Civil Veterinary Dept. Bombay admin report 1914-1922 - 1914-1922
Year: 1914
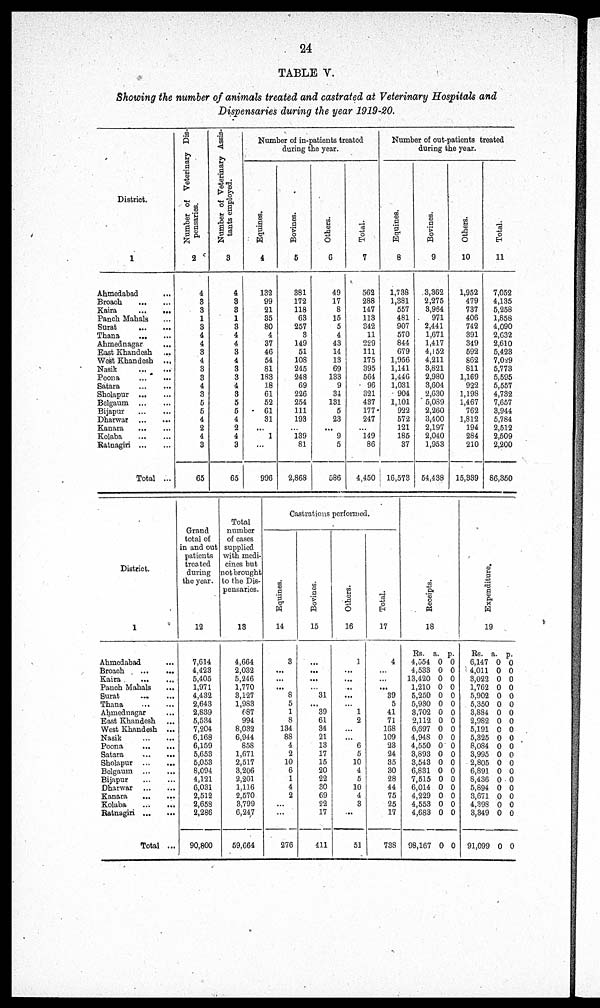
24
TABLE V.
Showing the number of animals treated and castrated at Veterinary Hospitals and
Dispensaries during the year 1919-20.
District.
1
Ahmedabad ... ...
Broach ... ...
Kaira ... ...
Panch Mahals ...
Surat ... ...
Thana ... ...
Ahmednagar ...
East Khandesh ... ...
West Khandesh ... .
Nasik ... ...
Poona ... ...
Satara ... ...
Sholapur ... ...
Belgaum ... ...
Bijapur ... ...
Dharwar ... ...
Kanara ... ...
Kolaba ... ...
Ratnagiri ... ...
Total ...
Number of Veterinary Dis-
pensaries.
2
4
3
3
1
3
4
4
3
4
3
3
4
3
5
5
4
2
4
3
65
Number of Veterinary Assis-
tants employed.
3
4
3
3
1
3
4
4
3
4
3
3
4
3
5
5
4
2
4
3
65
Number of in-patients treated
during the year.
Equines.
4
132
99
21
35
80
4
37
46
54
81
183
18
61
52
61
31
...
1
...
996
Bovines.
5
381
172
118
63
257
3
149
51
108
245
248
69
226
254
111
193
...
139
81
2,868
Others.
6
49
17
8
15
5
4
43
14
13
69
133
9
34
131
5
23
...
9
5
586
Total.
7
562
288
147
113
342
11
229
111
175
395
564
96
321
437
177
247
...
149
86
4,450
Number of out-patients treated
during the year.
Equines.
8
1,738
1,381
557
481
907
570
844
679
1,956
1,141
1,446
1,031
904
1,101
922
572
121
185
37
16,573
Bovines.
9
3,362
2,275
3,964
971
2,441
1,671
1,417
4,152
4,211
3,821
2,980
3,604
2,630
5,089
2,260
3,400
2,197
2,040
1,953
54,438
Others.
10
1,952
479
737
406
742
391
349
592
862
811
1,169
922
1,198
1,467
762
1,812
194
284
210
15,339
Total.
11
7,052
4,135
5,258
1,858
4,090
2,632
2,610
5,423
7,029
5,773
5,595
5,557
4,732
7,657
3,944
5,784
2,512
2,509
2,200
86,350
District.
1
Ahmedabad ...
Broach ... ...
Kaira ... ...
Panch Mahals ...
Surat ... ...
Thana ... ...
Ahmednagar ...
East Khandesh ...
West Khandesh ...
Nasik ... ...
Poona ... ...
Satara ... ...
Sholapur ... ...
Belgaum ... ...
Bijapur ... ...
Dharwar ... ...
Kanara ... ...
Kolaba ... ...
Ratnagiri ... ...
Total ...
Grand
total of
in and out
patients
treated
during
the year.
12
7,614
4,423
5,405
1,971
4,432
2,643
2,839
5,534
7,204
6,168
6,159
5,653
5,053
8,094
4,121
6,031
2,512
2,658
2,286
90,800
Total
number
of cases
supplied
with medi-
cines but
not brought
to the Dis-
pensaries.
13
4,664
2,032
5,246
1,770
3,127
1,983
687
994
8,032
6,944
858
1,671
2,517
3,206
2,201
1,116
2,570
3,799
6,247
59,664
Castrations performed.
Equi nes .
14
3
...
...
...
8
5
1
8
134
88
4
2
10
6
1
4
2
...
...
276
Bovines.
15
...
...
...
...
31
...
39
61
34
21
13
17
15
20
22
30
69
22
17
411
Ot her s .
16
3
...
...
...
...
...
1
2
...
...
6
5
10
4
5
10
4
3
...
51
Tot al .
17
4
...
...
...
39
5
41
71
168
109
23
24
35
30
28
44
75
25
17
738
Receipts.
18
Rs.
4,554
4,533
13,420
1,210
5,250
5,930
3,702
2,112
6,697
4,948
4,550
3,893
3,543
6,831
7,515
6,014
4,229
4,553
4,683
98,167
a.
0
0
0
0
0
0
0
0
0
0
0
0
0
0
0
0
0
0
0
0
p.
0
0
0
0
0
0
0
0
0
0
0
0
0
0
0
0
0
0
0
0
Expenditure.
19
Rs.
6,147
4,011
3,022
1,762
5,902
5,350
3,884
2,982
5,191
5,325
8,084
3,995
2,805
6,891
8,436
5,894
3,671
4,398
3,349
91,099
a.
0
0
0
0
0
0
0
0
0
0
0
0
0
0
0
0
0
0
0
0
p.
0
0
0
0
0
0
0
0
0
0
0
0
0
0
0
0
0
0
0
0